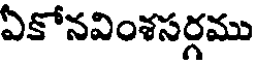
ఏకోనవింశసర్గము